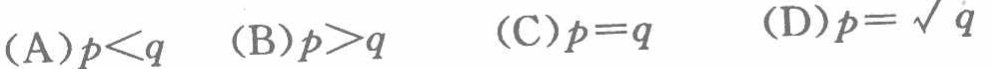
(A)$p < q$  (B)$p > q$  (C)$p = q$  (D)$p = \sqrt{q}$